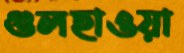
গুলহাওয়া